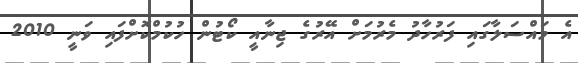
އެ މައްސަލާގައި ފަރުހާދު މެރުމަށް އޭރުގެ ޖިނާއީ ކޯޓުން ހުކުމްކޮށްފައި ވަނީ 2010